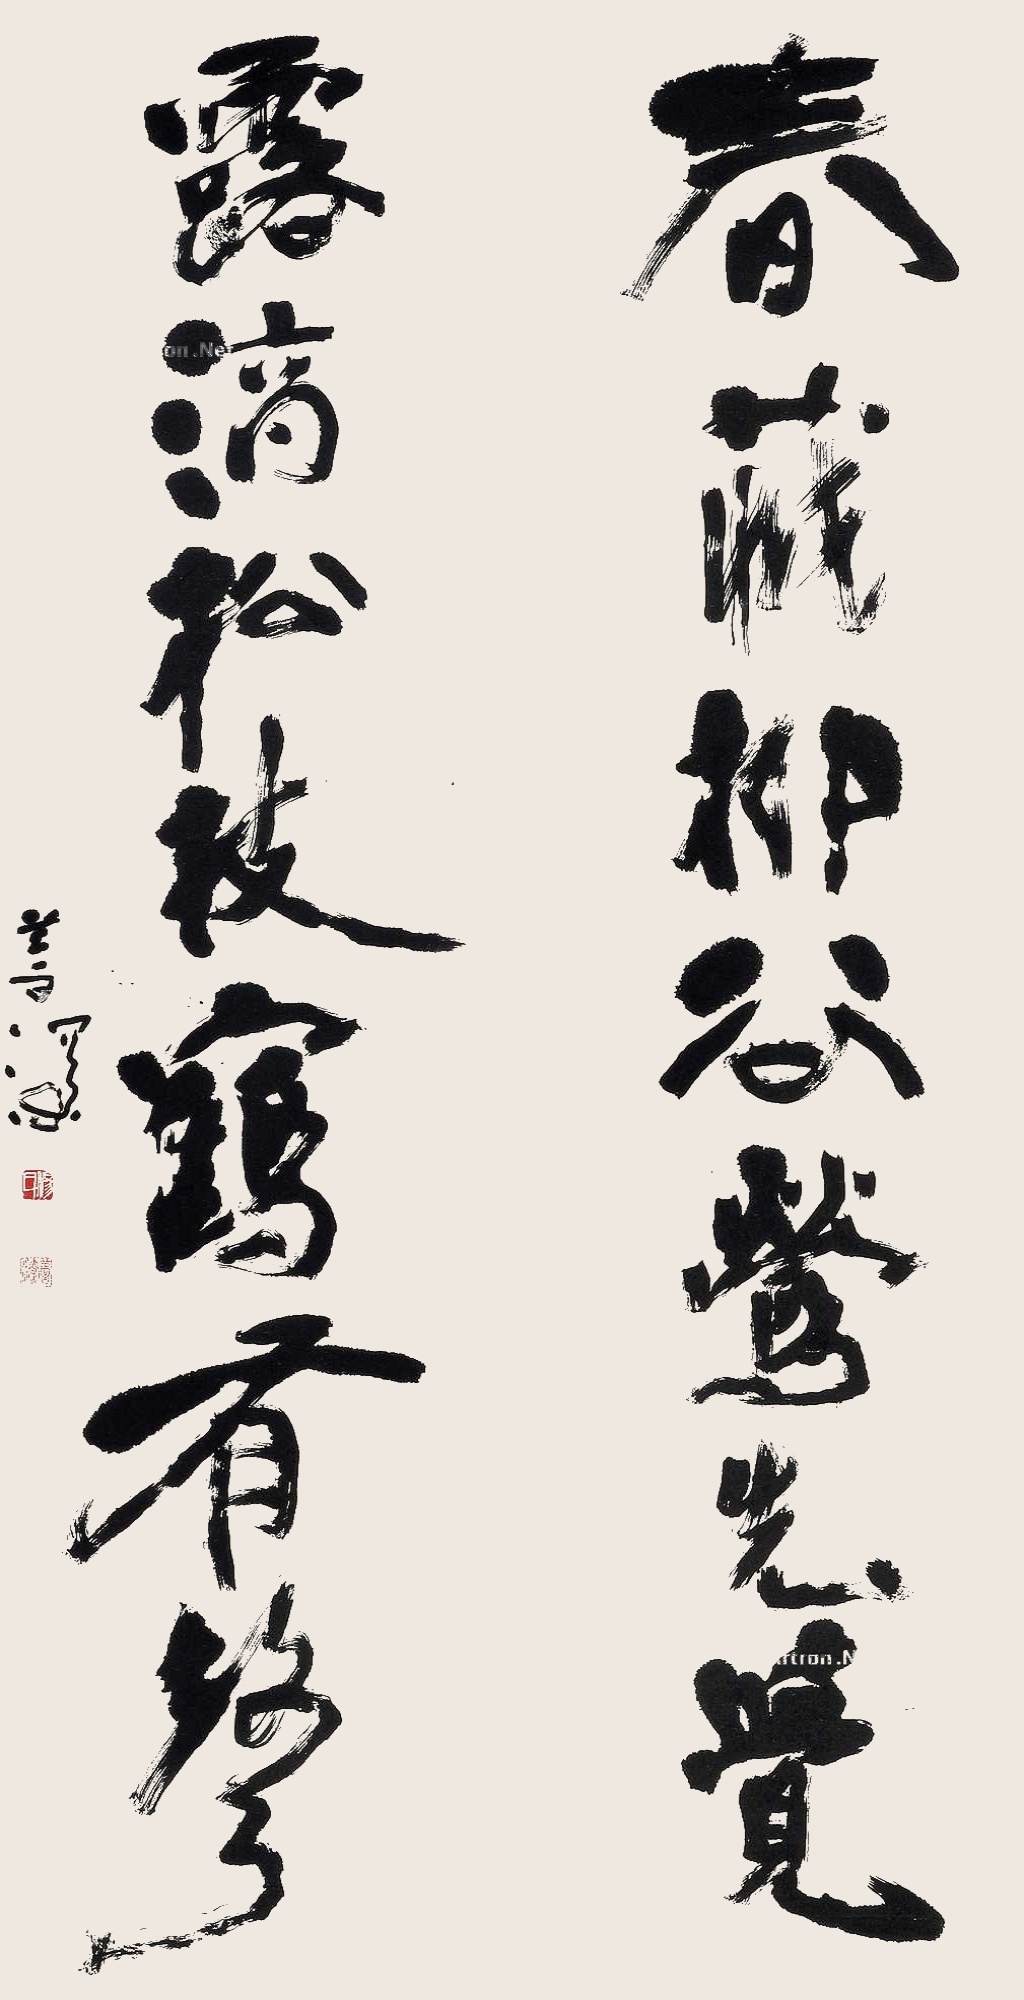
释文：春藏柳谷莺先觉，露滴松枝鹤有声。善深。